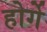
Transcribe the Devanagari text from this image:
होर्गे